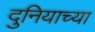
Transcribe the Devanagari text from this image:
दुनियाच्या